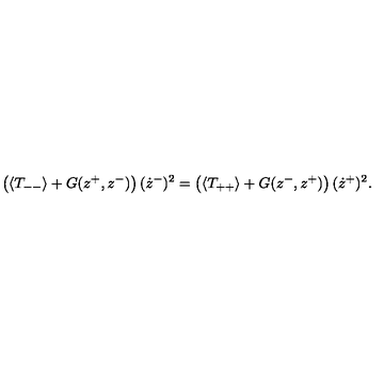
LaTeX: \left( \langle T _ { -- } \rangle + G ( z ^ { + } , z ^ { - } ) \right) ( \dot { z } ^ { - } ) ^ { 2 } = \left( \langle T _ { + + } \rangle + G ( z ^ { - } , z ^ { + } ) \right) ( \dot { z } ^ { + } ) ^ { 2 } .